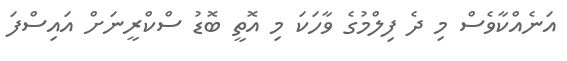
އަނެއްކާވެސް މި ދެ ފިލްމުގެ ވާހަކަ މި އޮތީ ބޮޑު ސްކްރީނަށް އައިސްފަ